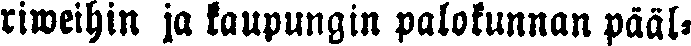
riweihin ja kaupungin palokunnan pääl-